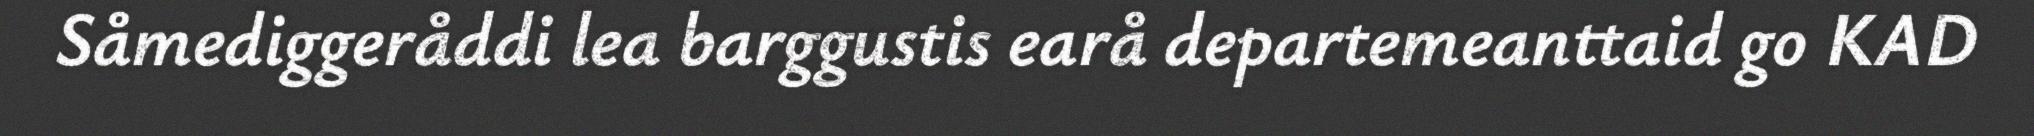
Såmediggeråddi lea barggustis earå departemeanttaid go KAD